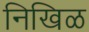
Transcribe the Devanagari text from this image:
निखिळ